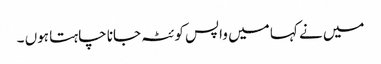
میں نے کہا میں واپس کوئٹہ جانا چاہتا ہوں ۔